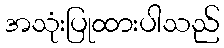
အသုံးပြုထားပါသည်